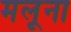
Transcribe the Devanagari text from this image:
मलूना